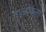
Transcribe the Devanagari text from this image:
माल्बोर्कला